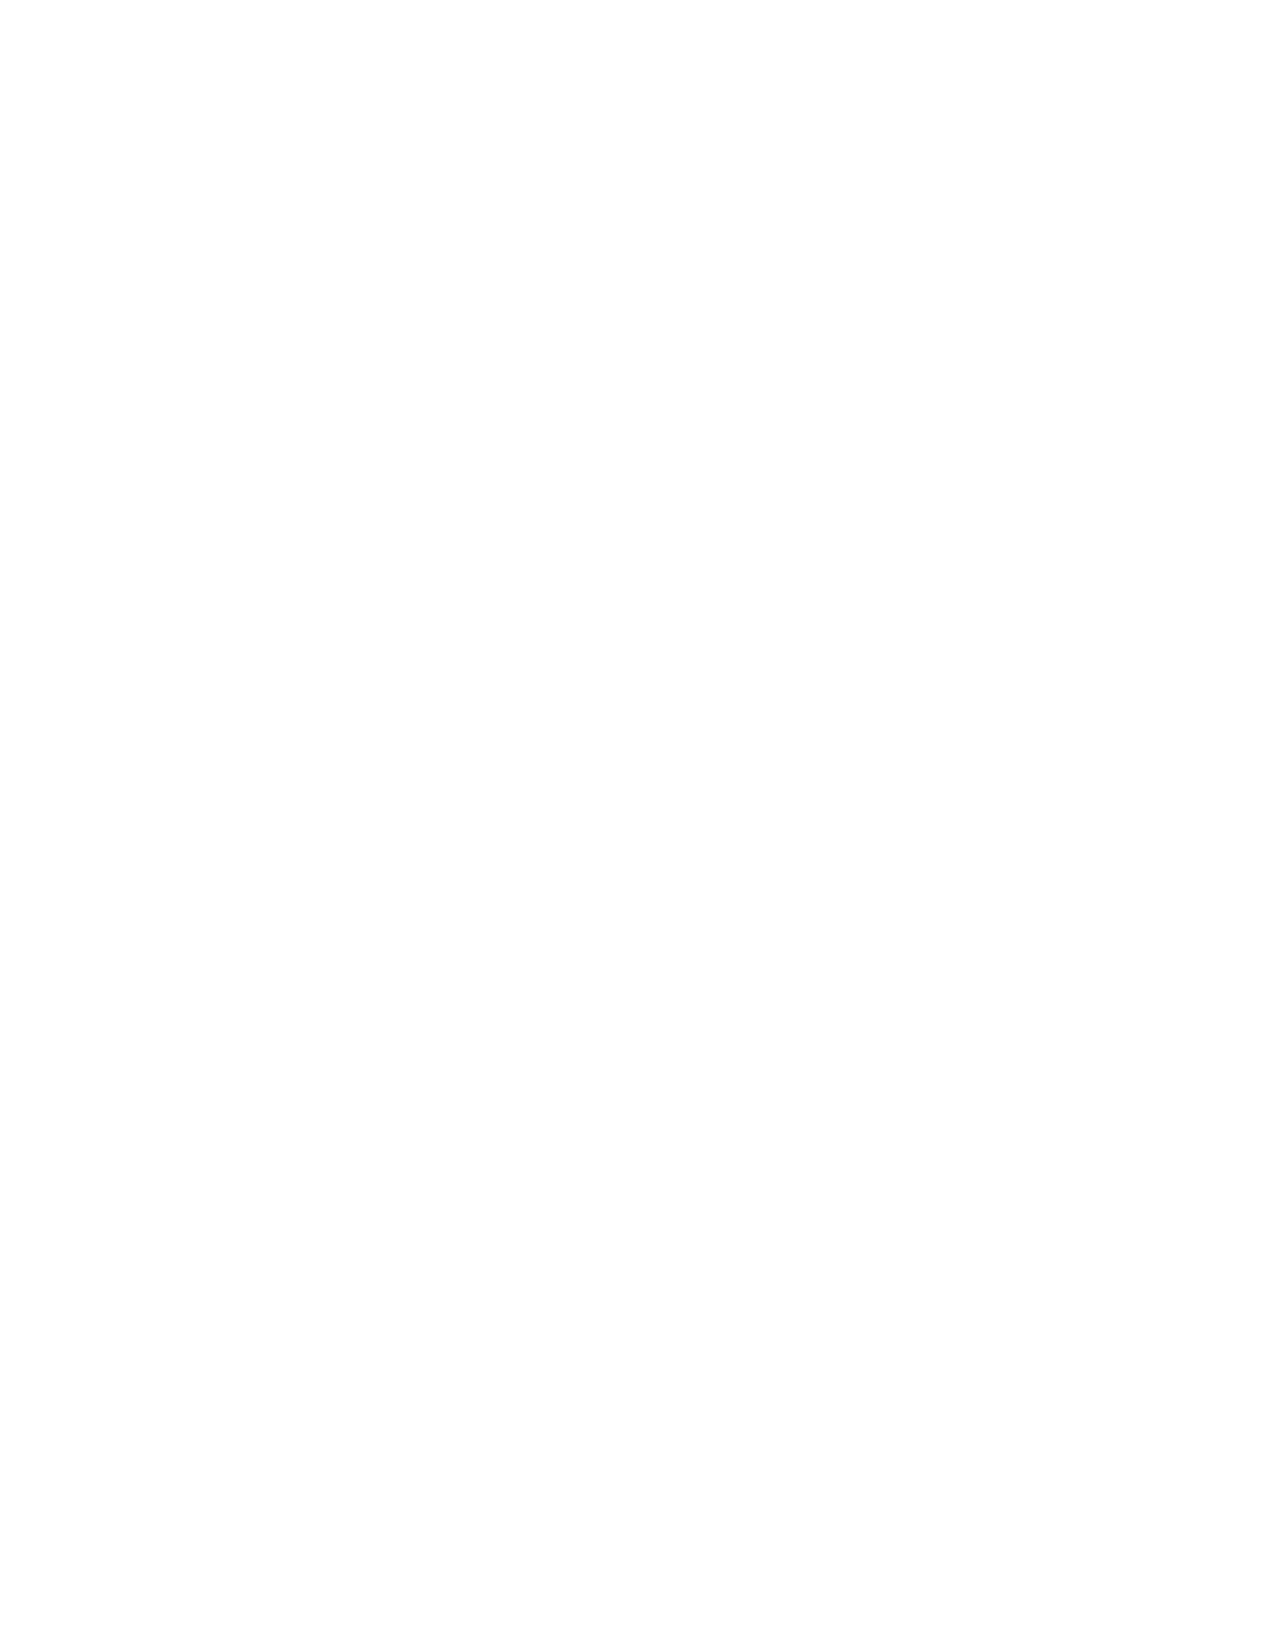
VerDate Apr 14 2004 11:04 Apr 14, 2004 Jkt 077500 PO 00000 Frm 00190 Fmt 8221 Sfmt 8221 C:\CONAN\CON011.XXX PRFM99 PsN: CON011